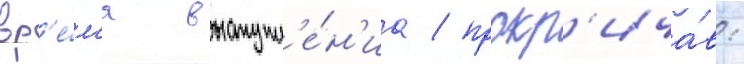
вр'е́м'я выступл'е́н'иа / прокр'ича́в: